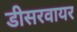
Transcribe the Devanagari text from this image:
डीसरवायर